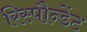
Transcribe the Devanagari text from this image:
रिस्पौन्डेंट